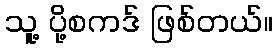
သူ့ ပို့စကဒ် ဖြစ်တယ်။